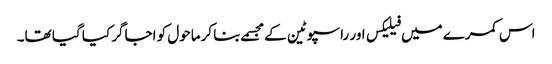
اس کمرے میں فیلیکس اور راسپوٹین کے مجسمے بنا کرماحول کو اجاگر کیا گیا تھا۔